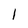
Character: l